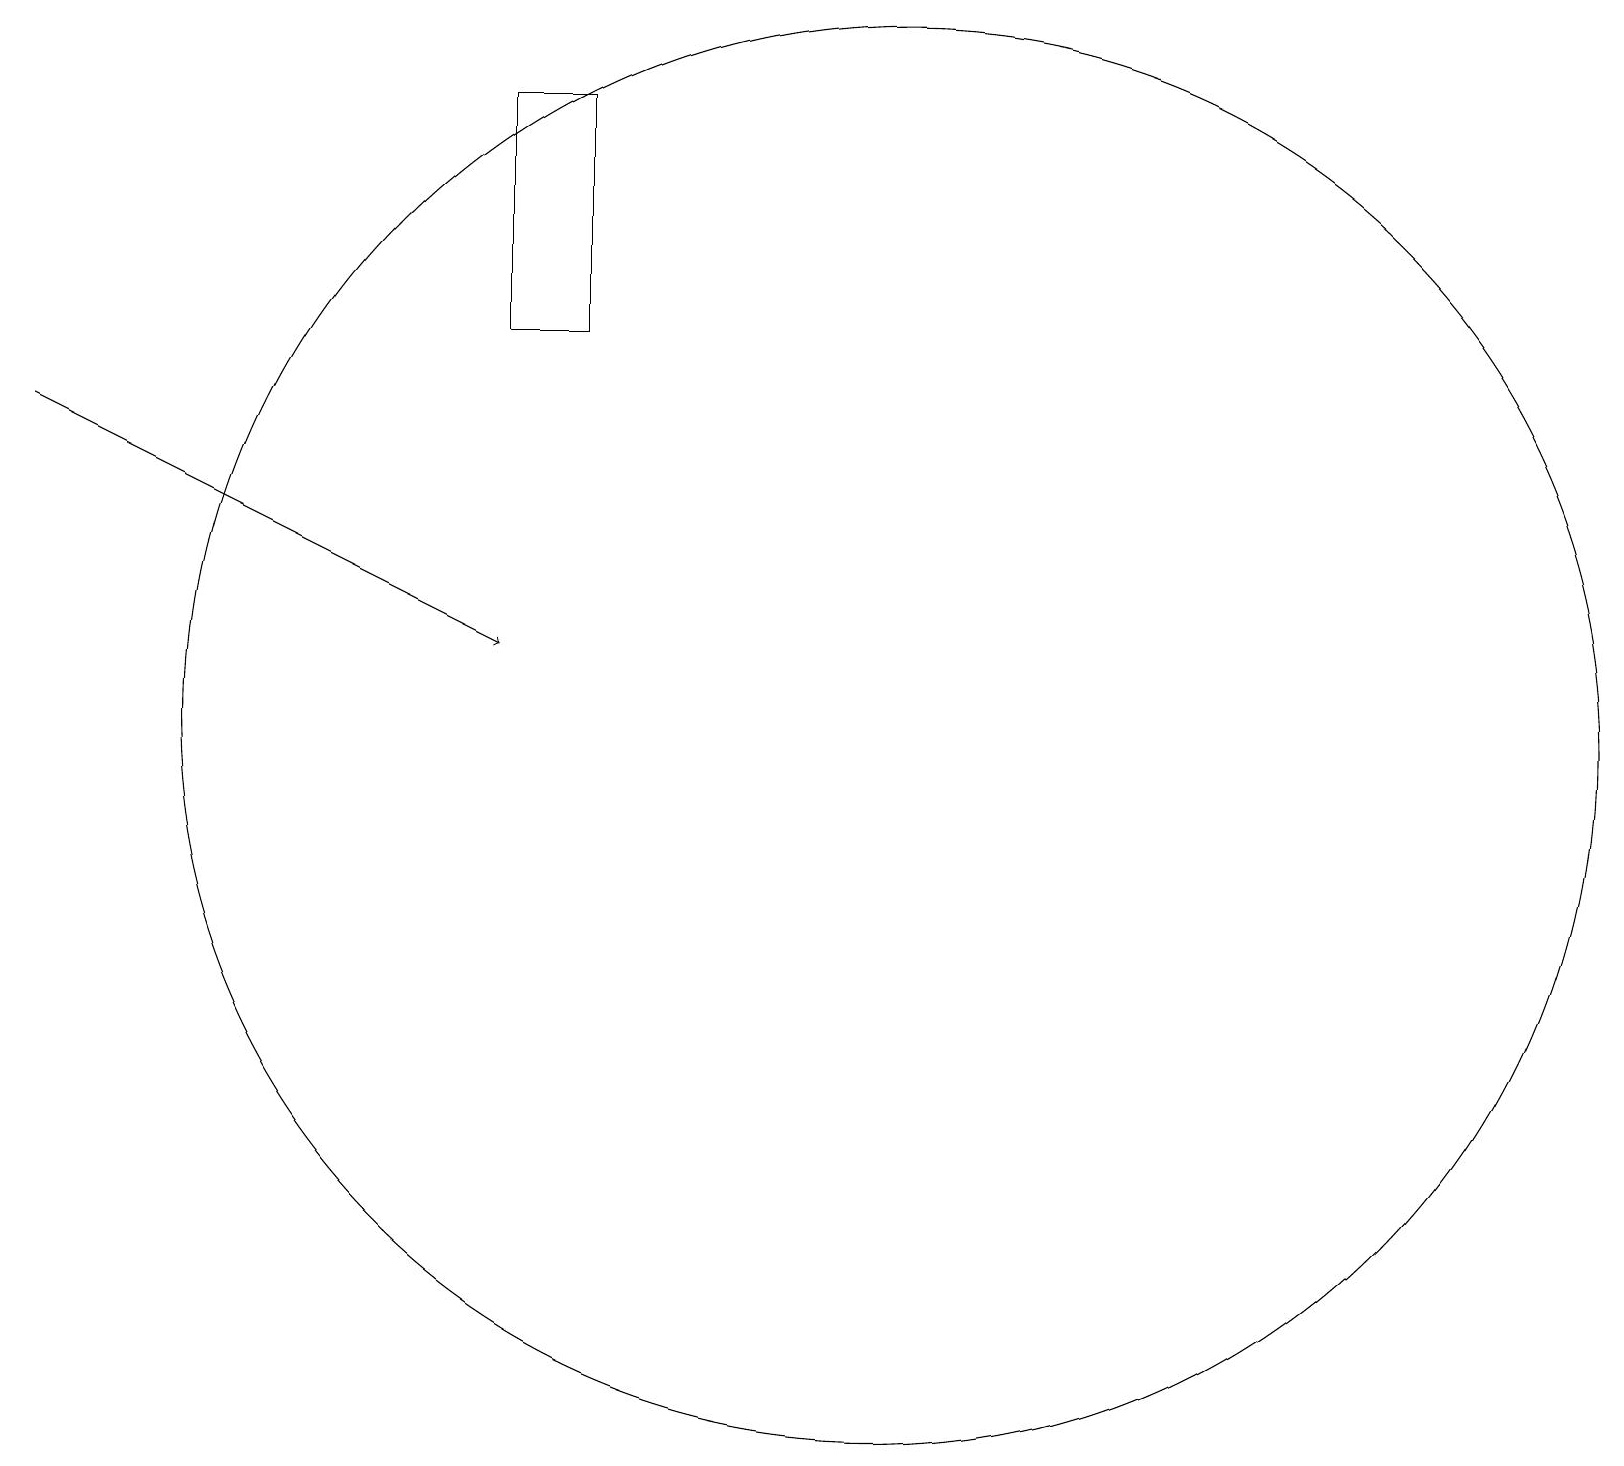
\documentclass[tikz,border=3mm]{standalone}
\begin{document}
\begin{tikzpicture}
\draw[->] (0,15) -- (6,12);
\draw (11,11) circle (9);
\draw (7,19) rectangle (6,16);
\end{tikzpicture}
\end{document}